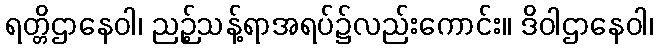
ရတ္တိဌာနေဝါ၊ ညဉ့်သန့်ရာအရပ်၌လည်းကောင်း။ ဒိဝါဌာနေဝါ၊